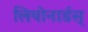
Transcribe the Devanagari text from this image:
लियोनार्डस्